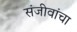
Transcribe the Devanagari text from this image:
संजीवांचा